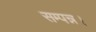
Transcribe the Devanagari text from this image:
सम्पन्न।